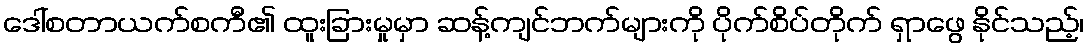
ဒေါ်စတာယက်စကီ၏ ထူးခြားမှုမှာ ဆန့်ကျင်ဘက်များကို ပိုက်စိပ်တိုက် ရှာဖွေ နိုင်သည့်၊